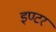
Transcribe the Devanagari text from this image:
इण्‍टर